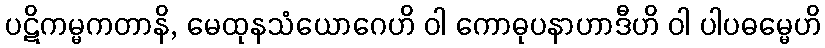
ပဋိကမ္မကတာနိ, မေထုနသံယောဂေဟိ ဝါ ကောဓုပနာဟာဒီဟိ ဝါ ပါပဓမ္မေဟိ